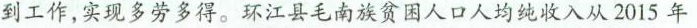
到工作，实现多劳多得。环江县毛南族贫困人口人均纯收入从2015年